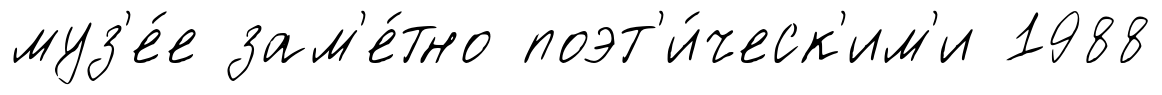
муз'е́е зам'е́тно поэт'и́ческ'им'и 1988